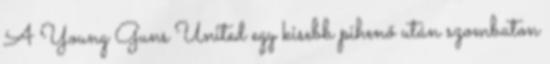
A Young Guns United egy kisebb pihenő után szombaton